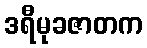
ဒရီမုခဇာတက